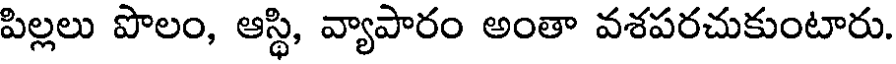
పిల్లలు పొలం, ఆస్థి, వ్యాపారం అంతా వశపరచుకుంటారు.